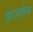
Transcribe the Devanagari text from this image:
हाउशोल्ड